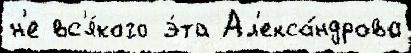
н'е вс'я́кого э́та Ал'екса́ндрова